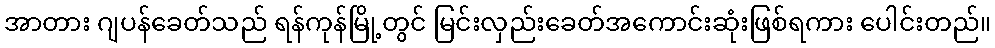
အာတား ဂျပန်ခေတ်သည် ရန်ကုန်မြို့တွင် မြင်းလှည်းခေတ်အကောင်းဆုံးဖြစ်ရကား ပေါင်းတည်။